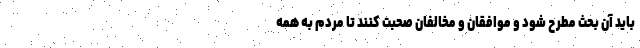
باید آن بحث مطرح شود و موافقان و مخالفان صحبت کنند تا مردم به همه